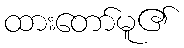
ထားတော်မူ၏